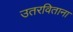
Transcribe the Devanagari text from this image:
उतरविताना